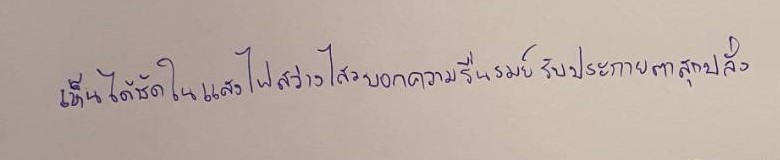
เห็นได้ชัดในแสงไฟสว่างไสวบอกความรื่นรมย์รับประกายตาสุกปลั่ง